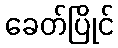
ခေတ်ပြိုင်